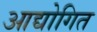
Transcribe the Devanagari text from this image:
आद्योगित